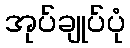
အုပ်ချုပ်ပုံ